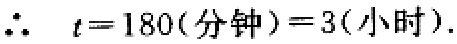
\(\therefore\  t = 180(\text{分钟}) = 3(\text{小时}).\)